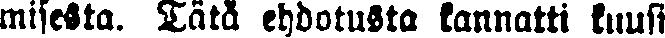
misesta. Tätä ehdotusta kannatti kuusi